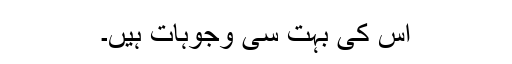
اس کی بہت سی وجوہات ہیں۔